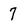
Character: 7